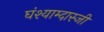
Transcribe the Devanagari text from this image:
घंश्याम्दास्जी